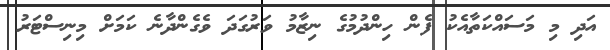
އަދި މި މަސައްކަތާއެކު ފެން ހިންދުމުގެ ނިޒާމު ވަރުގަދަ ވެގެންދާނެ ކަމަށް މިނިސްޓަރު